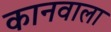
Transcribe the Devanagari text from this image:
कानवाला